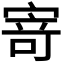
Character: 𭔃